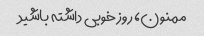
ممنون، روز خوبی داشته باشید